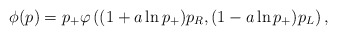
\begin{align*}\phi(p) = p_+ \varphi\left( (1 + a \ln p_+) p_R, (1 - a \ln p_+) p_L \right),\end{align*}